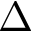
\Delta